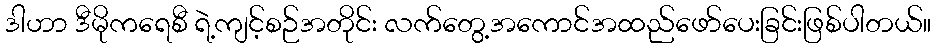
ဒါဟာ ဒီမိုကရေစီ ရဲ့ကျင့်စဉ်အတိုင်း လက်တွေ့အကောင်အထည်ဖော်ပေးခြင်းဖြစ်ပါတယ်။